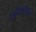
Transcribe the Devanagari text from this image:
पद्मिनीचा